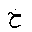
Letter: _kha